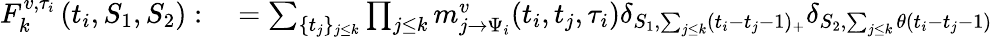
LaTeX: \begin{array}{rl}{F_{k}^{v,\tau_{i}}\left(t_{i},S_{1},S_{2}\right):}&{{}=\sum_{\{ t_{j}\} _{j\leq k}}\prod_{j\leq k}m_{j\to\Psi_{i}}^{v}(t_{i},t_{j},\tau_{i})\delta_{S_{1},\sum_{j\leq k}(t_{i}-t_{j}-1)_{+}}\delta_{S_{2},\sum_{j\leq k}\theta(t_{i}-t_{j}-1)}}\end{array}